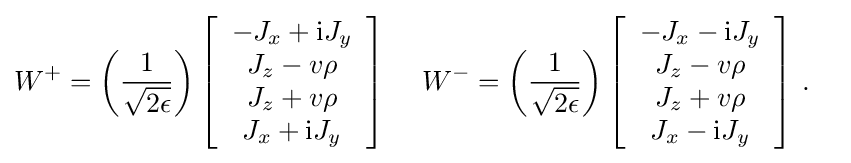
{\begin{aligned}W^{+}&=\left({\frac {1}{\sqrt {2\epsilon }}}\right)\left[{\begin{array}{c}-J_{x}+{\rm {i}}J_{y}\\J_{z}-v\rho \\J_{z}+v\rho \\J_{x}+{\rm {i}}J_{y}\end{array}}\right]\,\quad W^{-}=\left({\frac {1}{\sqrt {2\epsilon }}}\right)\left[{\begin{array}{c}-J_{x}-{\rm {i}}J_{y}\\J_{z}-v\rho \\J_{z}+v\rho \\J_{x}-{\rm {i}}J_{y}\end{array}}\right]\,.\end{aligned}}